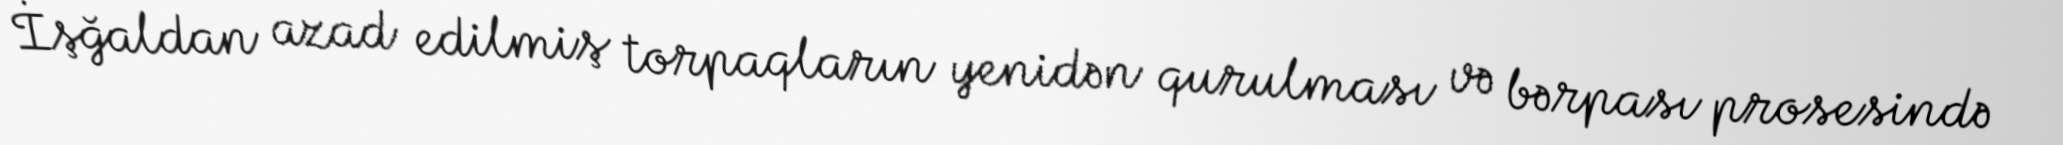
İşğaldan azad edilmiş torpaqların yenidən qurulması və bərpası prosesində